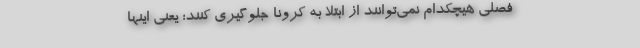
فصلی هیچکدام نمی‌توانند از ابتلا به کرونا جلوگیری کنند؛ یعنی اینها